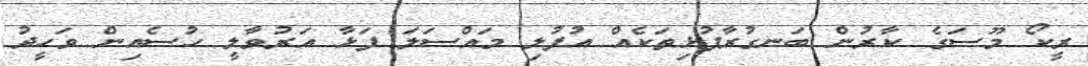
ރީކޯ މޫސަގެ ކާރުން ބަނގުރާފުޅިތަކެއް އުފުލި މައްސަލަ ފަޅާ އަރުވާލީ ހުސެއިން ވަހީދު